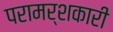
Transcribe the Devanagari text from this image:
परामर्शकारी